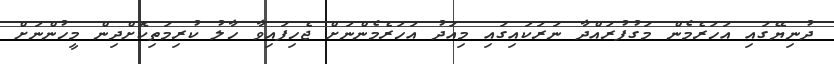
ދުނިޔޭގައި އަހަރެމެން މަގުފުރައްދާ ނަރަކައިގައި މިއަދު އަހަރެމެންނަށް ޖެހިފައިވާ ހާލު ކުރިމަތިކޮށްދިން މީހުންނަށް